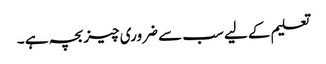
تعلیم کے لیے سب سے ضروری چیز بچہ ہے ۔